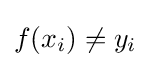
f(x_{i})\neq y_{i}